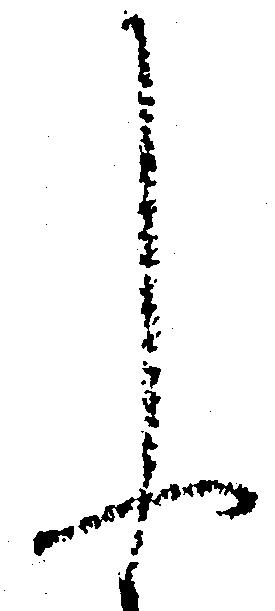
申